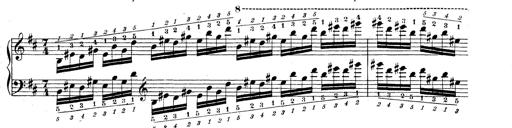
Title: Technische Studien
Composer: Franz Liszt